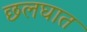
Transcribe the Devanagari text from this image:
छलघात